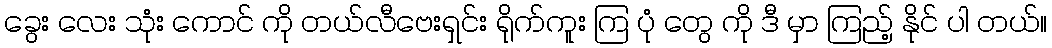
ခွေး လေး သုံး ကောင် ကို တယ်လီဗေးရှင်း ရိုက်ကူး ကြ ပုံ တွေ ကို ဒီ မှာ ကြည့် နိုင် ပါ တယ်။